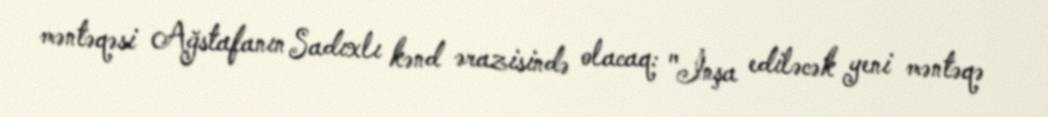
məntəqəsi Ağstafanın Sadıxlı kənd ərazisində olacaq: "İnşa ediləcək yeni məntəqə